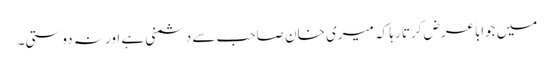
میں جواباً عرض کرتا رہا کہ میری خان صاحب سے دشمنی ہے اور نہ دوستی۔